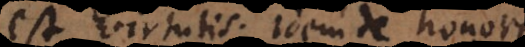
est virtutis. Idem de honore